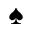
\spadesuit